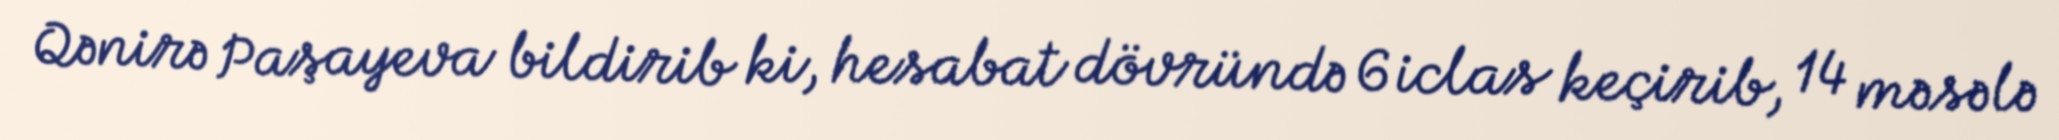
Qənirə Paşayeva bildirib ki, hesabat dövründə 6 iclas keçirib, 14 məsələ